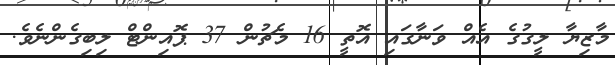
މާޒިޔާ ލީގުގެ އެއް ވަނާގައި އޮތީ 16 މެޗުން 37 ޕޮއިންޓް ލިބިގެންނެވެ.